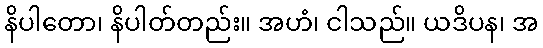
နိပါတော၊ နိပါတ်တည်း။ အဟံ၊ ငါသည်။ ယဒိပန၊ အ